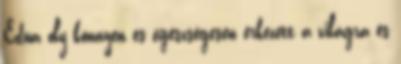
Edua oly könnyen és egészségesen érkezett a világra és